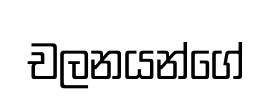
චලනයන්ගේ